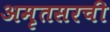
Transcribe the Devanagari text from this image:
अमृतसरची